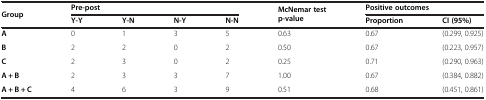
| <ROWSPAN=2> Group | <COLSPAN=4> Pre-post | <ROWSPAN=2> McNemar test p-value | <COLSPAN=2> Positive outcomes |
 | Y-Y | Y-N | N-Y | N-N | Proportion | CI (95%) |
 | --- | --- | --- | --- | --- | --- | --- | --- |
 | A | 0 | 1 | 3 | 5 | 0.63 | 0.67 | (0.299, 0.925) |
 | B | 2 | 2 | 0 | 2 | 0.50 | 0.67 | (0.223, 0.957) |
 | C | 2 | 3 | 0 | 2 | 0.25 | 0.71 | (0.290, 0.963) |
 | A + B | 2 | 3 | 3 | 7 | 1.00 | 0.67 | (0.384, 0.882) |
 | A + B + C | 4 | 6 | 3 | 9 | 0.51 | 0.68 | (0.451, 0.861) |